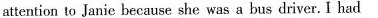
attention to lanie because she was a bus driver. I had